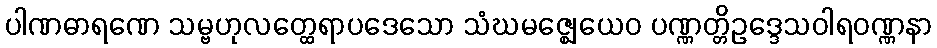
ပါဏဓာရဏေ သမ္ဗဟုလတ္ထေရာပဒေသော သံဃမဇ္ဈေယေဝ ပဏ္ဏတ္တိဥဒ္ဒေသဝါရဝဏ္ဏနာ